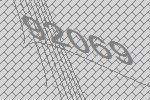
92069